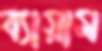
ব্যায়াম